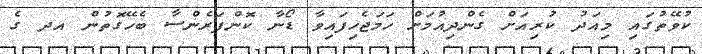
ކުވޭތުގައި މިއަދު ކުރިއަށް ގެންދިއުމަށް ހަމަޖެހިފައިވާ ޑޯނާ ކޮންފަރެންސާ ބެހޭގޮތުން އދ ގެ